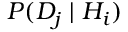
P ( D _ { j } \mid H _ { i } )